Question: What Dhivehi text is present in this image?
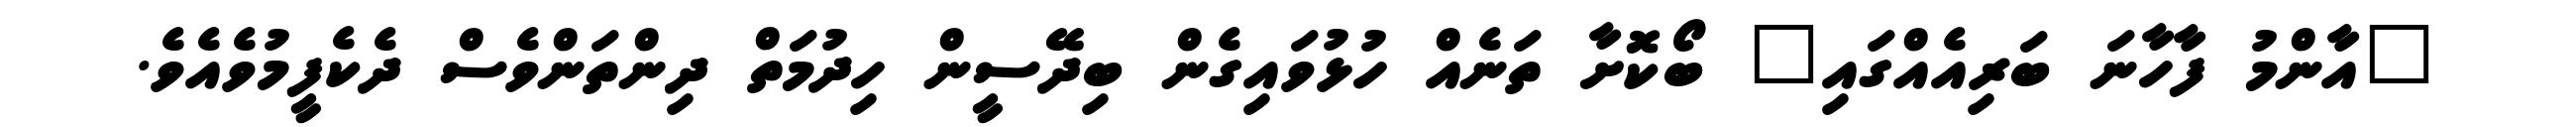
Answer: "އާންމު ފާހާނަ ބަރިއެއްގައި" ބޯކޮށާ ތަނެއް ހުޅުވައިގެން ބިދޭސީން ހިދުމަތް ދިންތަންވެސް ދެކެފީމުވެއެވެ.